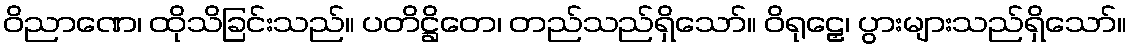
ဝိညာဏေ၊ ထိုသိခြင်းသည်။ ပတိဋ္ဌိတေ၊ တည်သည်ရှိသော်။ ဝိရုဠှေ၊ ပွားများသည်ရှိသော်။